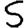
Digit: 5